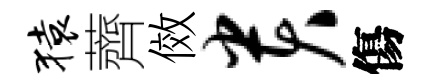
猿薺傚贵傷